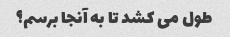
طول می کشد تا به آنجا برسم؟